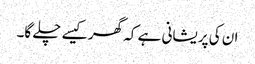
ان کی پریشانی ہے کہ گھر کیسے چلے گا۔